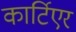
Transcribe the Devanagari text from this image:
कार्टिएर